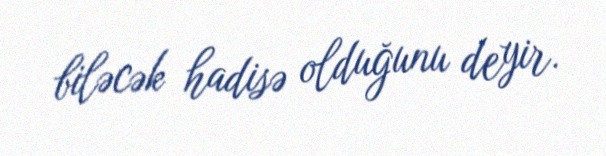
biləcək hadisə olduğunu deyir.